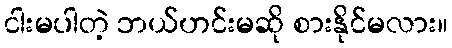
ငါးမပါတဲ့ ဘယ်ဟင်းမဆို စားနိုင်မလား။